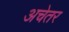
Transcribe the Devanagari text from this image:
अचेतर